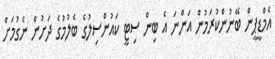
އެމްޑީޕީން ބޭނުންކުރަމުން އަންނަ އެ ބިން ސިޓީ ކައުންސިލުގެ ބެލުމުގެ ދަށުން ނެގުމަށް